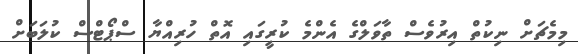
މިމެޗަށް ނިކުތް އިރުވެސް ތާވަލްގެ އެންމެ ކުރީގައި އޮތް ހުރިއްޔާ ސްޕޯޓްސް ކުލަބަށް